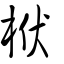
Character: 栿